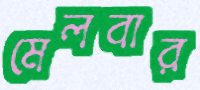
মেলবার